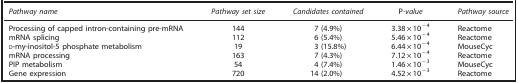
<table><thead><tr><td><b><i>Pathway name</i></b></td><td><b><i>Pathway set size</i></b></td><td><b><i>Candidates contained</i></b></td><td><b>P<i>-value</i></b></td><td><b><i>Pathway source</i></b></td></tr></thead><tbody><tr><td>Processing of capped intron-containing pre-mRNA</td><td>144</td><td>7 (4.9%)</td><td>3.38 × 10<sup>−4</sup></td><td>Reactome</td></tr><tr><td>mRNA splicing</td><td>112</td><td>6 (5.4%)</td><td>5.46 × 10<sup>−4</sup></td><td>Reactome</td></tr><tr><td>d-my-inositol-5 phosphate metabolism</td><td>19</td><td>3 (15.8%)</td><td>6.44 × 10<sup>−4</sup></td><td>MouseCyc</td></tr><tr><td>mRNA processing</td><td>163</td><td>7 (4.3%)</td><td>7.12 × 10<sup>−4</sup></td><td>Reactome</td></tr><tr><td>PIP metabolism</td><td>54</td><td>4 (7.4%)</td><td>1.46 × 10<sup>−3</sup></td><td>MouseCyc</td></tr><tr><td>Gene expression</td><td>720</td><td>14 (2.0%)</td><td>4.52 × 10<sup>−3</sup></td><td>Reactome</td></tr></tbody></table>